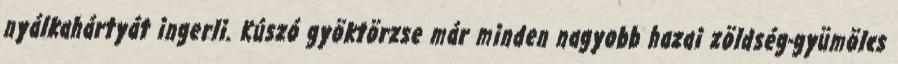
nyálkahártyát ingerli. Kúszó gyöktörzse már minden nagyobb hazai zöldség-gyümölcs